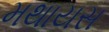
મથાયસ